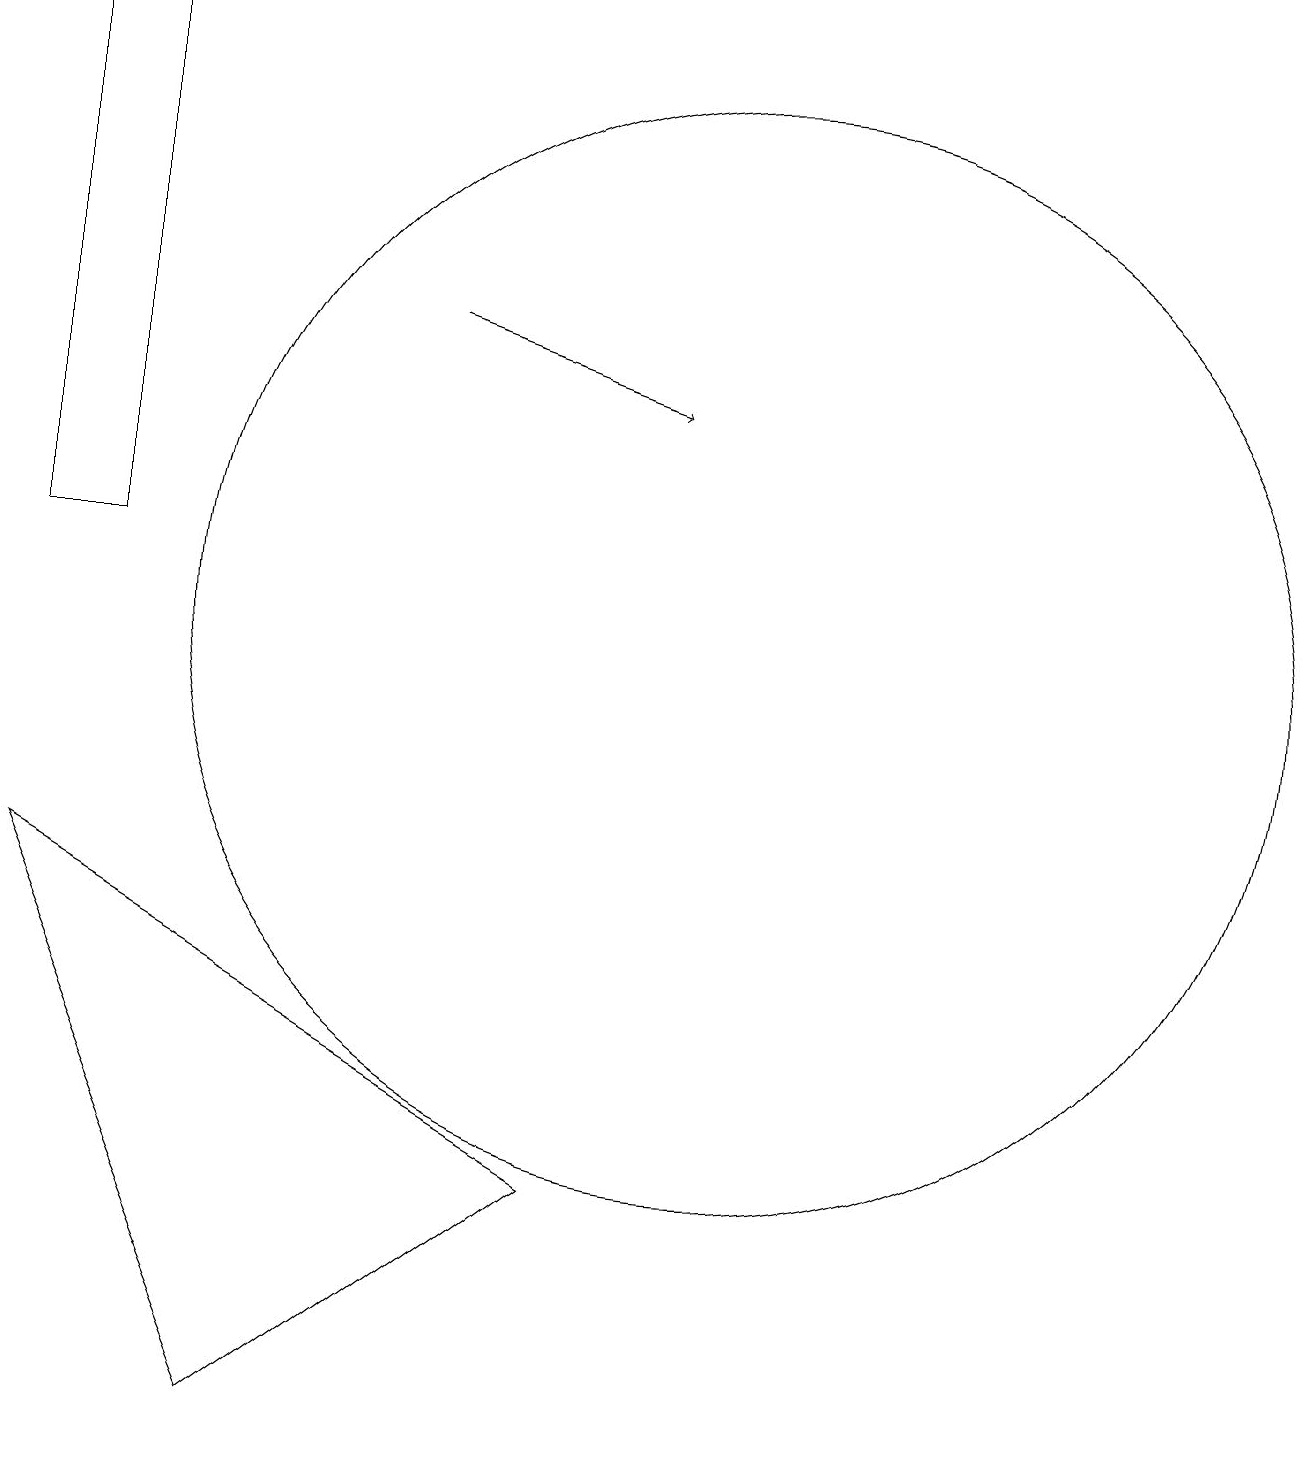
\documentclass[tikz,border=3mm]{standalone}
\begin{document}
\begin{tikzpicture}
\draw[->] (6,15) -- (9,14);
\draw (8,4) -- (1,8) -- (4,1) -- cycle;
\draw (10,11) circle (7);
\draw (2,19) rectangle (1,12);
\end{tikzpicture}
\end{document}